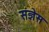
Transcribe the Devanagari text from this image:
संज्ञेस